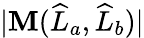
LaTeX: |\mathbf{M}(\widehat{{L}}_{a},\widehat{{L}}_{b})|